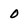
Character: 0